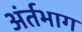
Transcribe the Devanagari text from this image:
अंर्तभाग